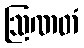
ဩဏတံ